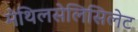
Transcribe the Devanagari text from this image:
मेथिलसेलिसिलेट